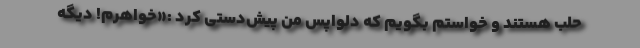
حلب هستند و خواستم بگویم که دلواپس من پیش‌دستی کرد :«خواهرم! دیگه